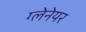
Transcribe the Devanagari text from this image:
ग्लेनेयर